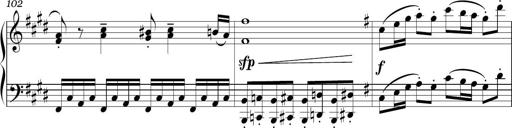
Title: Sonatina in E minor
Composer: Shuwen Zhang
Key: E minor